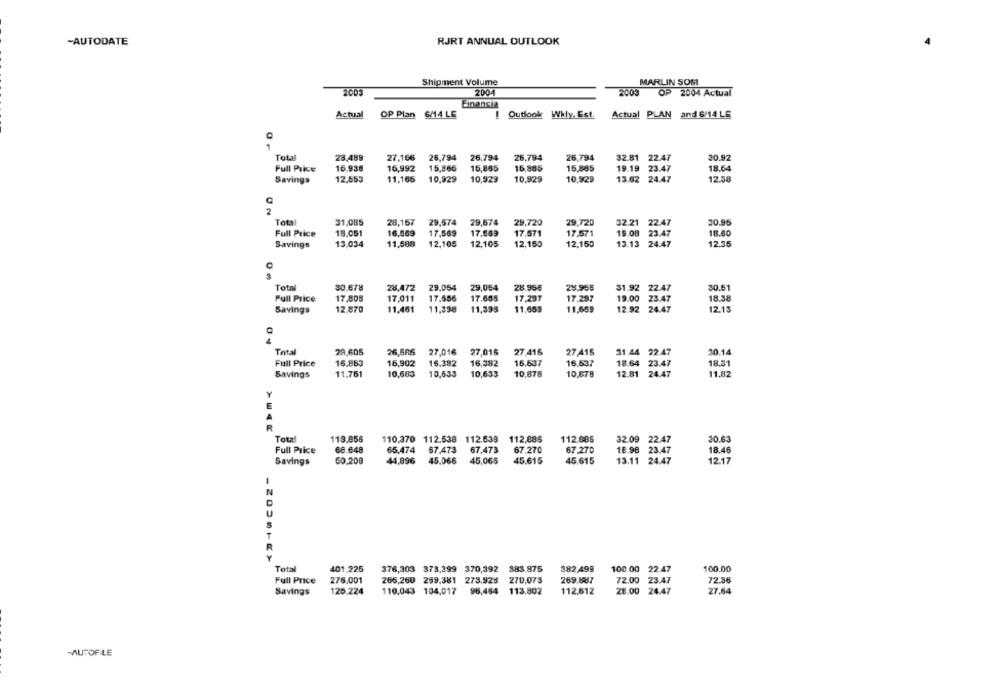
-AUTODATE
RJRT ANNUAL OUTLOOK
Shipment Volume
MARLIN SOM
2003
2004
2003
OP
2004 Actual
Einensiz
Actual
OP Plan 6M4 LE
! Outlook Why. Est.
Actual PLAN and 6/14 LE
1
Total
28,489
27,166
26,794
26,794
26,794
26,794
32.81 22.47
30.92
16.938
Full Price
16,992
15,866
16,885
15,885
15,885
19.19 23.47
18.64
Savings
12,553
11,165
10,929
10,929
10,929
10,929
13.62 24.47
12.38
C
2
Tota
31.085
28,167
29,574
29,674
29,720
29,720
32.21 22.47
30.95
Full Price
18.051
16,569
17,569
17,569
17.571
17,571
19.08 23.47
18.60
12.35
Savings
13,034
11,588
12,105 12,105
12,150
12,150
13.13 24.47
C
Total
30.678
28,472 29.054
29,054
28.95€
28.955
31.92 22.47
30.51
Full Price
17,808
17,011
17.556
17.655
17,297
17.297
19.00 23.47
18.38
Savings
12,870
11,451 11,398 11,395
11,659
11,659
12.92 24.47
12.13
Total
29.605
26,586
27,016
27,016
27,415
27 415
31 44 22.47
30.14
Full Price
16,863
16,902
16.382
16,382
16,637
16.537
18.64 23.47
18.31
Savings
11,751
10,683
10,633
10,633
10,878
10,878
12.81 24.47
11.82
Y
E
R
Tota
118,856
110,370 112.538 112.639 112,885
112.886
32.09 22.47
20.63
Full Price
68.648
65,474 67.473 67.473
67.270
67.270
18.96 23.47
18.46
Savings
50,208
44,896
45.066 45,065
45,615
45.615
13.11 24.47
12.17
Total
401,225
382,499
100.00 22.47
100.00
376,303 378,399 370,392 883.875
Full Price
276.001
266,260 259,381 273,928
270,073
269.8587
72.00 23.47
72.36
Savings
120.224
110,043 104,017 96,464
113,802
112,612
28.00 24.47
27.54
MUTOFILE